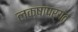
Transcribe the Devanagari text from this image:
लक्षापर्यंत